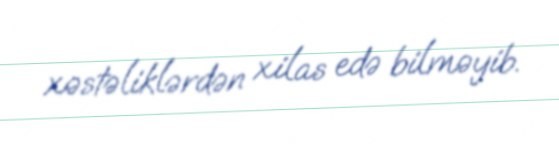
xəstəliklərdən xilas edə bilməyib.